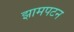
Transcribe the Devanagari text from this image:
झामपटन